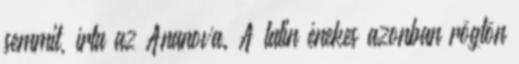
semmit, írta az Ananova. A latin énekes azonban rögtön